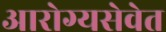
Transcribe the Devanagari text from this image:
आरोग्यसेवेत